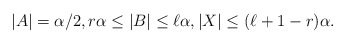
\begin{align*} |A| = \alpha/2,r\alpha\leq |B|\leq \ell\alpha, |X|\leq (\ell+1-r) \alpha. \end{align*}